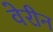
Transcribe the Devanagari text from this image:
वेरीन